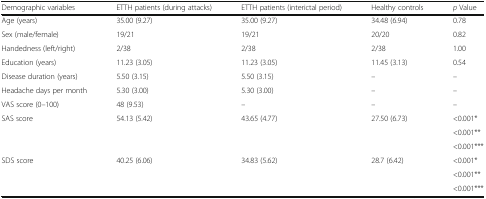
| Demographic variables | ETTH patients (during attacks) | ETTH patients (interictal period) | Healthy controls | p Value |
 | --- | --- | --- | --- | --- |
 | Age (years) | 35.00 (9.27) | 35.00 (9.27) | 34.48 (6.94) | 0.78 |
 | Sex (male/female) | 19/21 | 19/21 | 20/20 | 0.82 |
 | Handedness (left/right) | 2/38 | 2/38 | 2/38 | 1.00 |
 | Education (years) | 11.23 (3.05) | 11.23 (3.05) | 11.45 (3.13) | 0.54 |
 | Disease duration (years) | 5.50 (3.15) | 5.50 (3.15) | – | – |
 | Headache days per month | 5.30 (3.00) | 5.30 (3.00) | – | – |
 | VAS score (0–100) | 48 (9.53) | – | – | – |
 | <ROWSPAN=3> SAS score | <ROWSPAN=3> 54.13 (5.42) | <ROWSPAN=3> 43.65 (4.77) | <ROWSPAN=3> 27.50 (6.73) | <0.001* |
 | <0.001** |
 | <0.001*** |
 | <ROWSPAN=3> SDS score | <ROWSPAN=3> 40.25 (6.06) | <ROWSPAN=3> 34.83 (5.62) | <ROWSPAN=3> 28.7 (6.42) | <0.001* |
 | <0.001** |
 | <0.001*** |